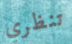
تنظري